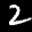
Label: 2